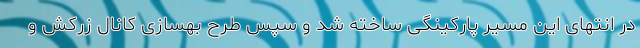
در انتهای این مسیر پارکینگی ساخته شد و سپس طرح بهسازی کانال زرکش و